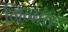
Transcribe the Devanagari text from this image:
निनांत